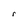
Character: r